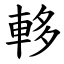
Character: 䡔